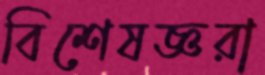
বিশেষজ্ঞরা